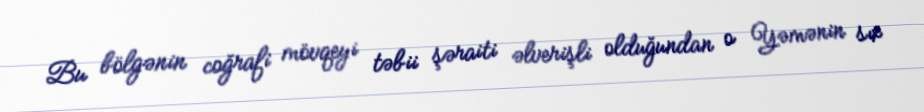
Bu bölgənin coğrafi mövqeyi təbii şəraiti əlverişli olduğundan o Yəmənin sıx